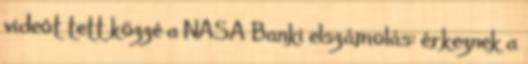
videót tett közzé a NASA Banki elszámolás: érkeznek a